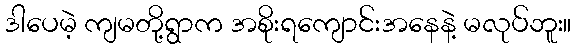
ဒါပေမဲ့ ကျမတို့ရွာက အစိုးရကျောင်းအနေနဲ့ မလုပ်ဘူး။